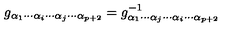
g _ { \alpha _ { 1 } \cdots \alpha _ { i } \cdots \alpha _ { j } \cdots \alpha _ { p + 2 } } = g _ { \alpha _ { 1 } \cdots \alpha _ { j } \cdots \alpha _ { i } \cdots \alpha _ { p + 2 } } ^ { - 1 }